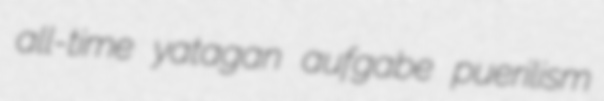
all-time yatagan aufgabe puerilism